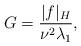
LaTeX: \begin{align*} G=\frac{|f|_H}{\nu^{2}\lambda_{1}},\end{align*}